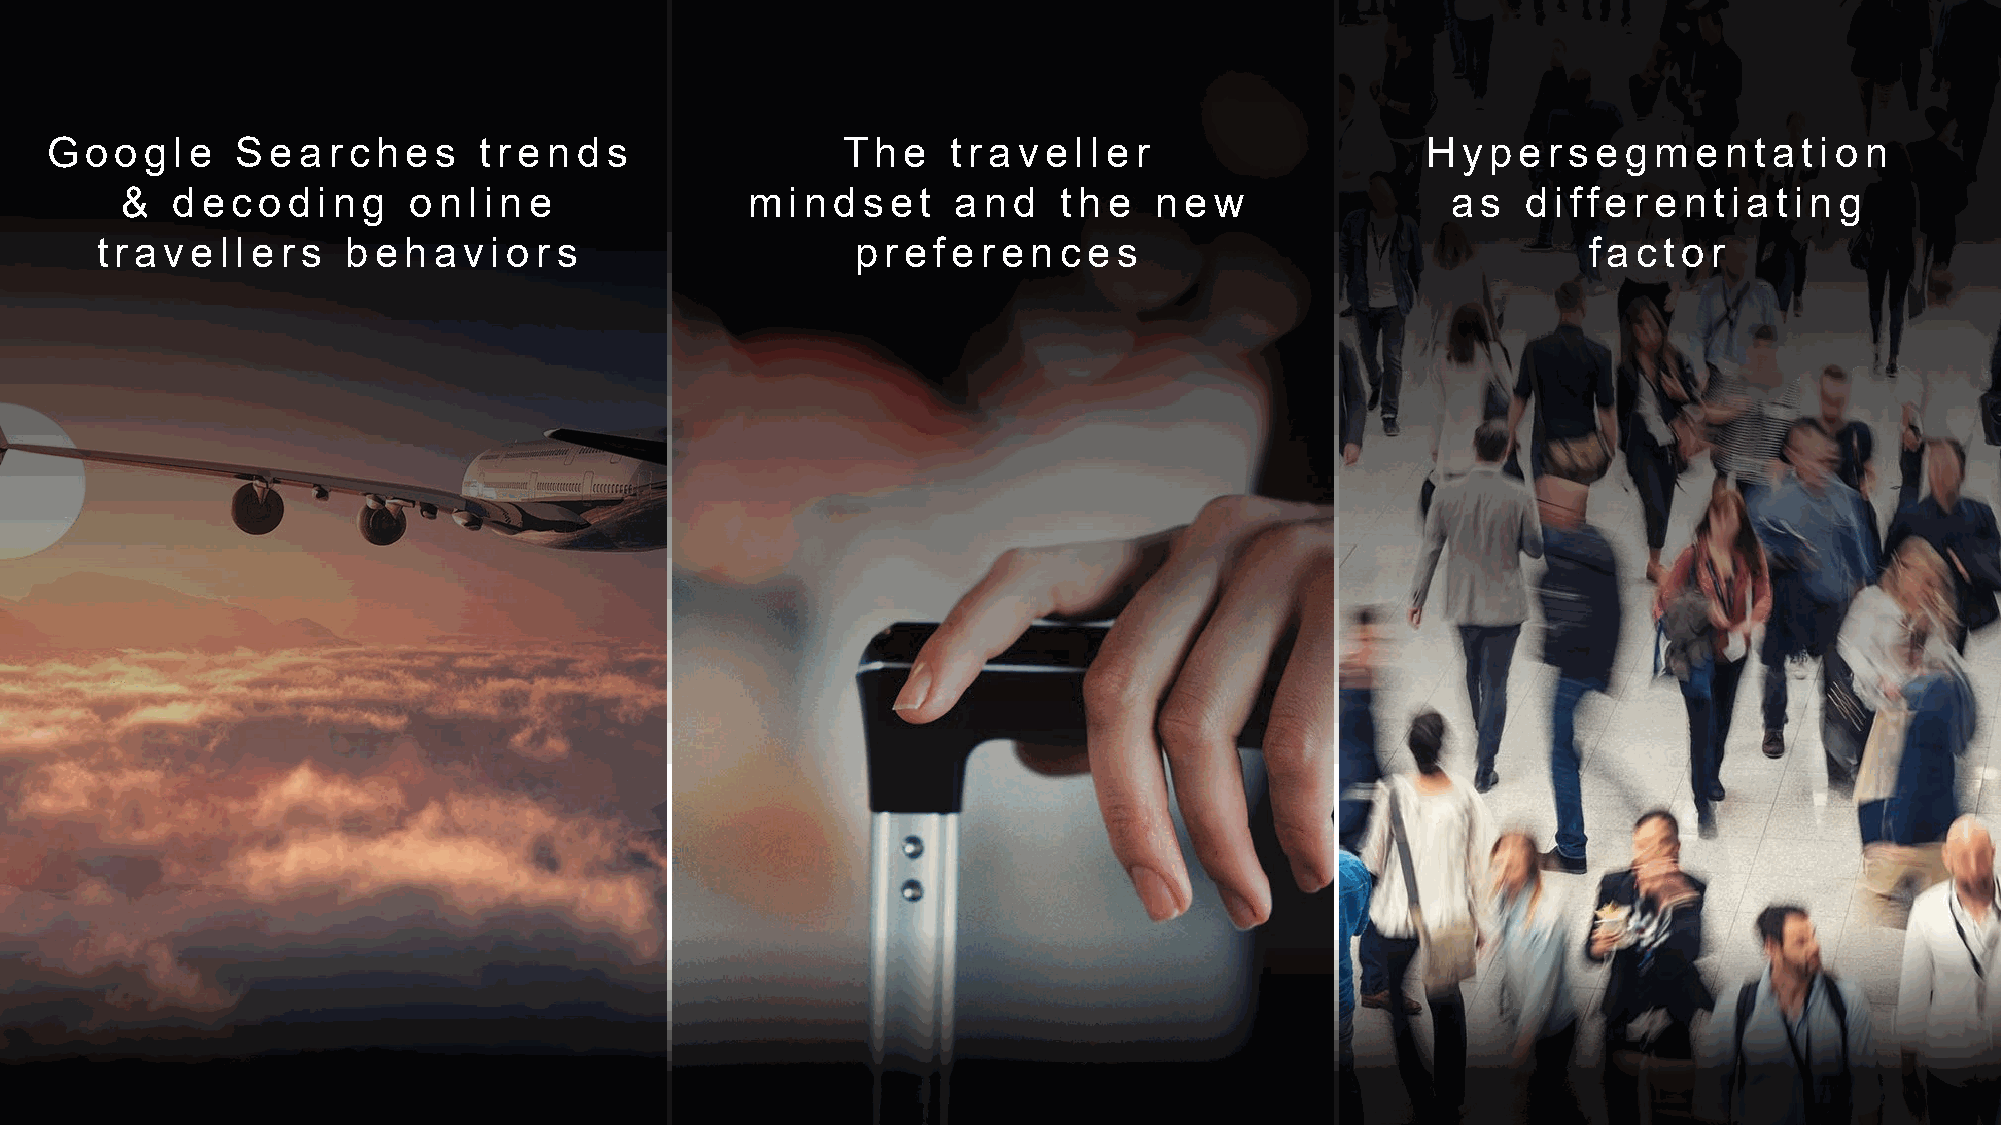
G  o o g le  Se  a r c h e s tr e n d s              Th  e  tr a ve lle r                  H  yp  e r s e g me n ta tio n
 &  d e c o d in g  o n lin e             min   d s e t a n d  th e  n e w               a s  d iffe r e n tia tin g
 tr a ve  lle r s b e h a vio r s                   p r e fe r e n ce s                             fa c to r